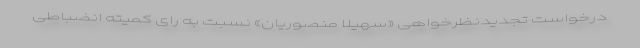
درخواست تجدیدنظرخواهی «سهیلا منصوریان» نسبت به رای کمیته انضباطی